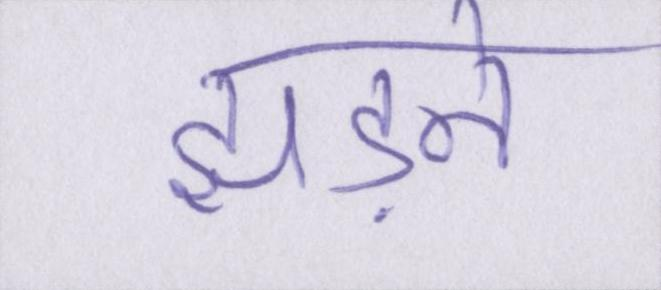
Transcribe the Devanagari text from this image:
झड़ने